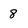
Character: 8